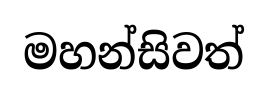
මහන්සිවත්